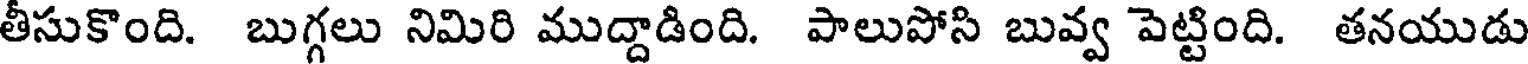
తీసుకొంది. బుగ్గలు నిమిరి ముద్దాడింది. పాలుపోసి బువ్వ పెట్టింది. తనయుడు